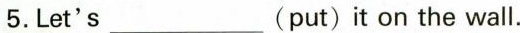
5.Let's___(put)it on the wall.